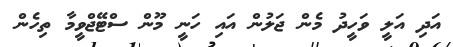
އަދި އަލީ ވަހީދު މެން ޖަލުން އައި ހަނީ މޫން ސްޓޭޖްވީމާ ތިހެން